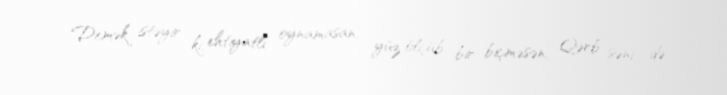
Demək istəyir ki, ehtiyatlı oynamasan, yüz ölçüb bir biçməsən, Qərb səni də